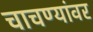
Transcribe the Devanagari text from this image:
चाचण्यांवर